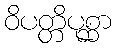
ဝိပတ္တိပုစ္ဆာ